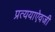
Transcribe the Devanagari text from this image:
प्रत्ययाऐवजी